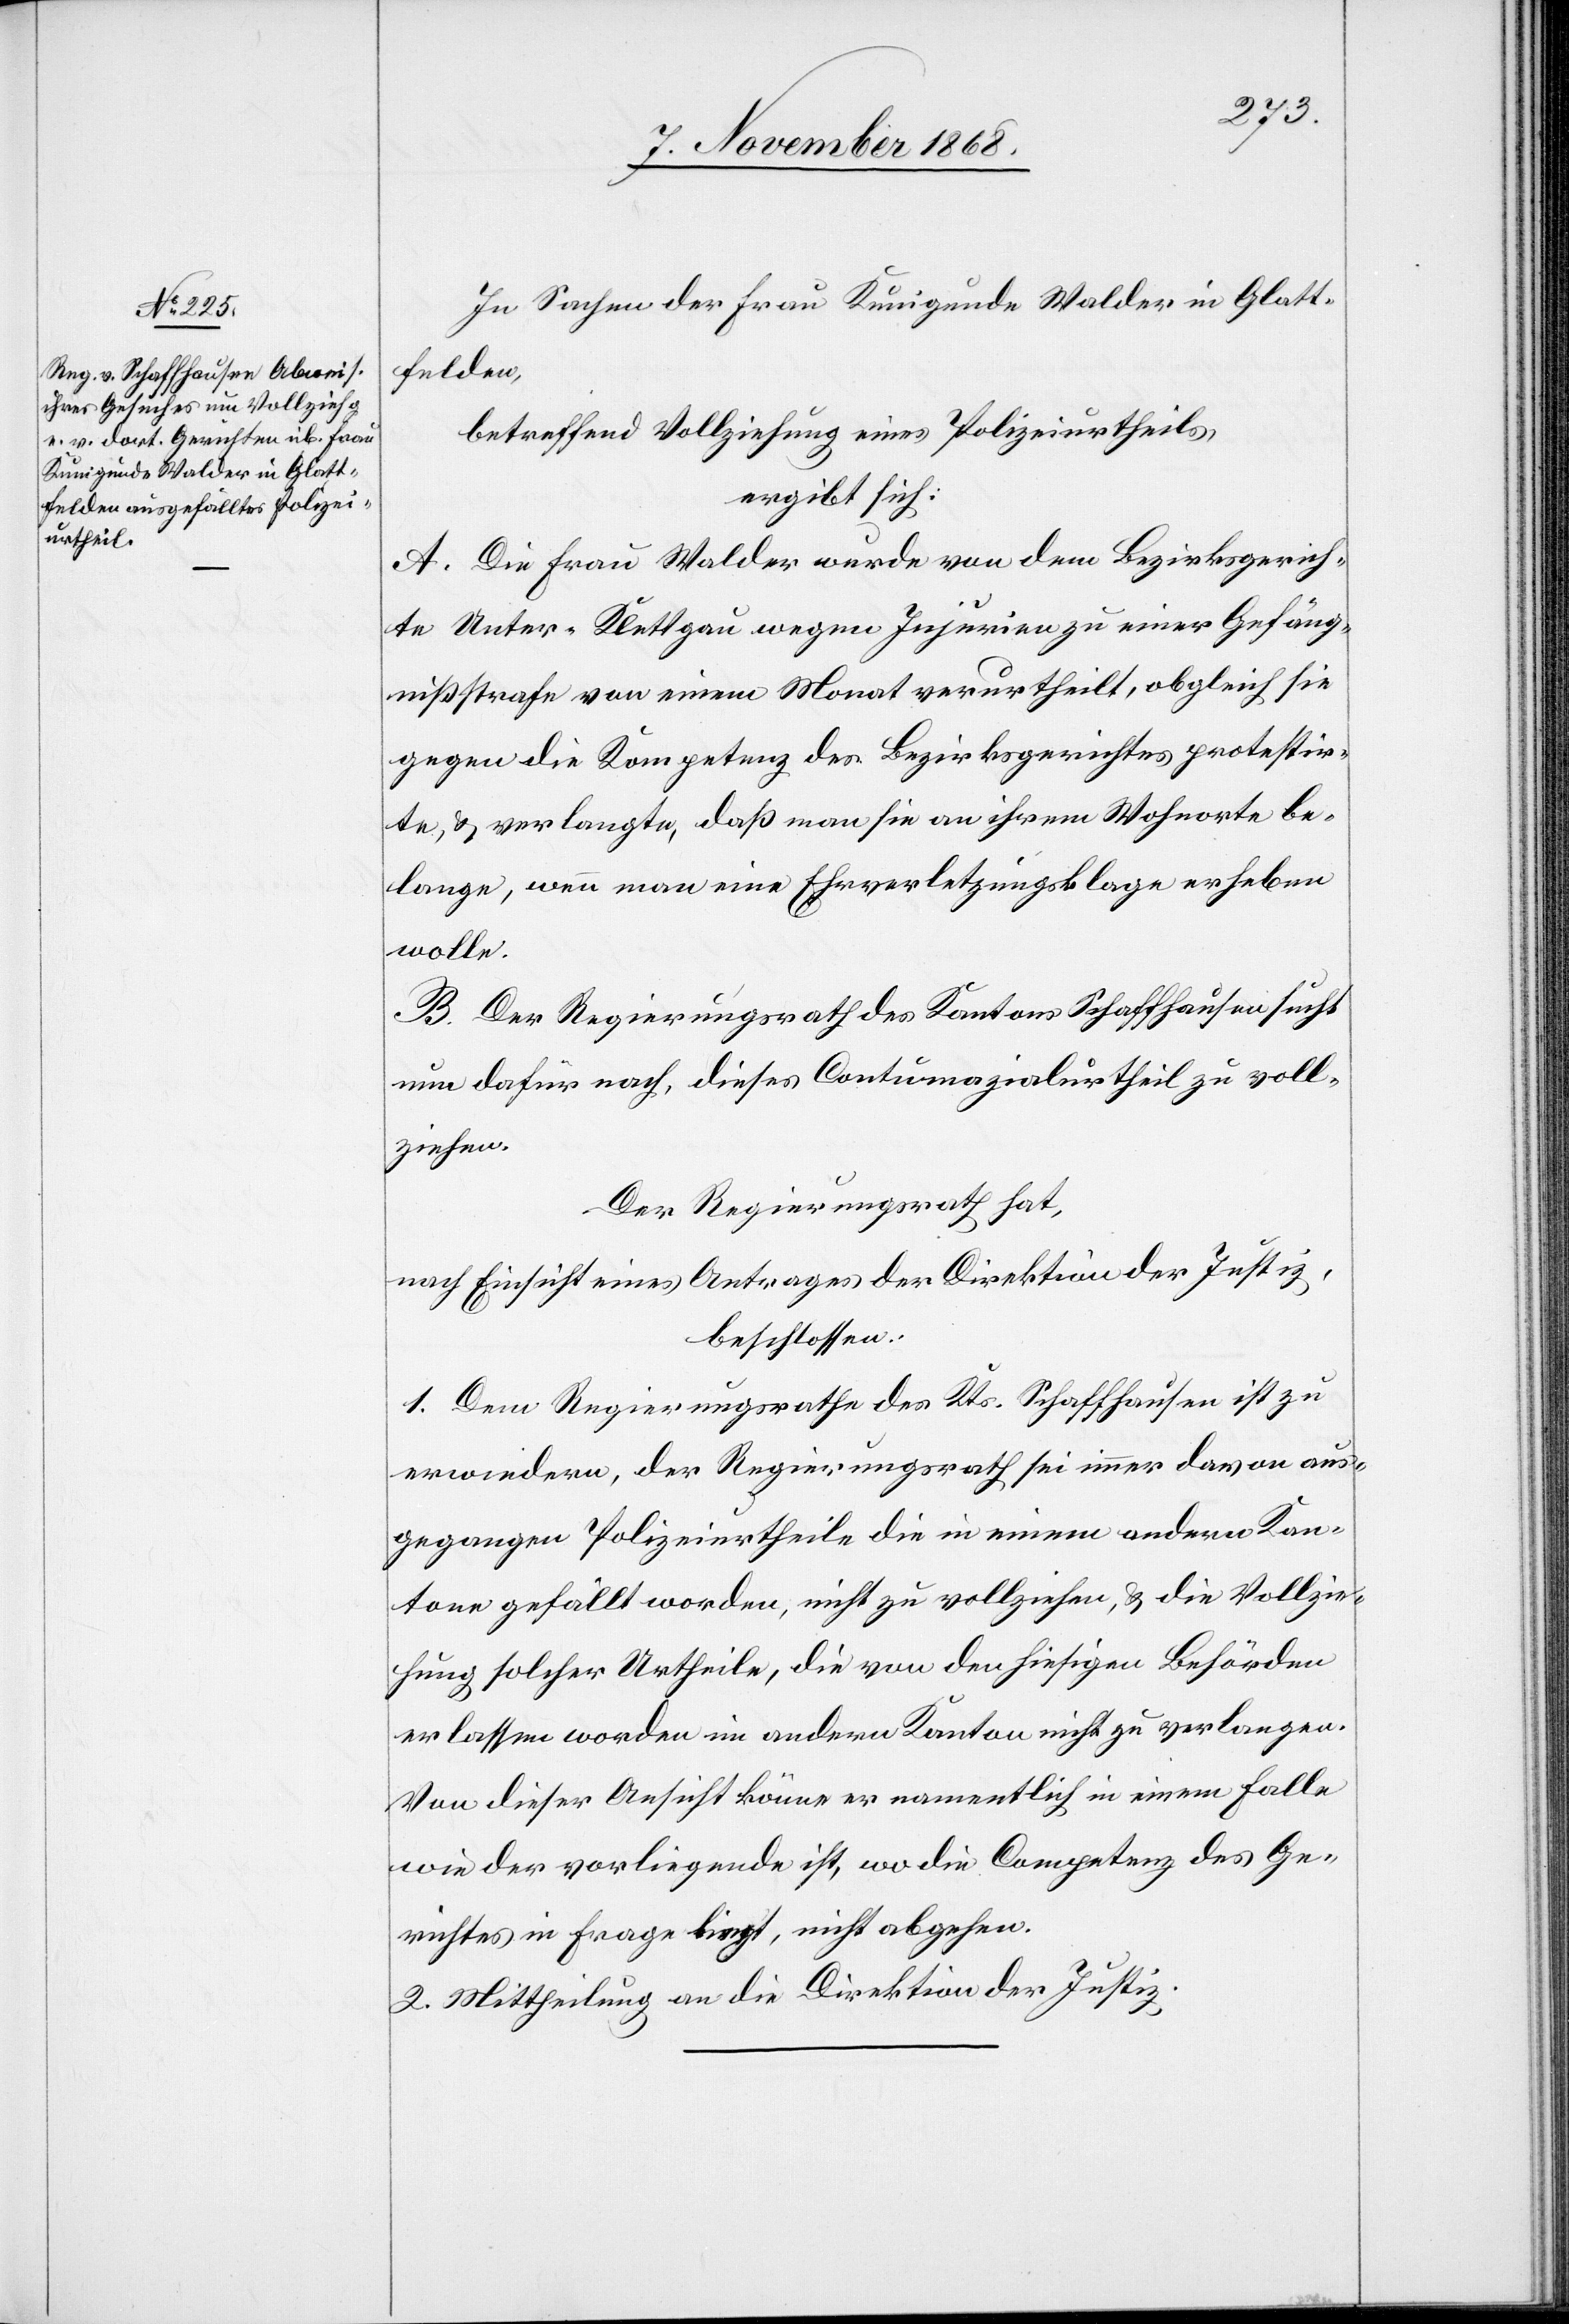
In Sachen der Frau Kunigunde Walder in Glatt¬
felden,
betreffend Vollziehung eines Polizeiurtheils,
ergibt sich:
A. Die Frau Walder wurde von dem Bezirksgerich¬
te Unter-Klettgau wegen Injurien zu einer Gefäng¬
nißstrafe von einem Monat verurtheilt, obgleich sie
gegen die Kompetenz des Bezirksgerichtes protestir¬
te, & verlangte, daß man sie an ihrem Wohnorte be¬
lange, wenn man eine Ehrverletzungsklage erheben
wolle.
B. Der Regierungsrath des Kantons Schaffhausen sucht
nun dafür nach, dieses Contumazialurtheil zu voll¬
ziehen.
Der Regierungsrath hat,
nach Einsicht eines Antrages der Direktion der Justiz,
beschlossen:
1. Dem Regierungsrathe des Kts. Schaffhausen ist zu
erwiedern, der Regierungsrath sei immer davon aus¬
gegangen Polizeiurtheile die in einem andern Kan¬
tone gefällt worden, nicht zu vollziehen, & die Vollzie¬
hung solcher Urtheile, die von den hiesigen Behörden
erlassen worden im andern Kanton nicht zu verlangen.
Von dieser Ansicht könne er namentlich in einem Falle
wie der vorliegende ist, wo die Competenz des Ge¬
richtes in Frage liegt, nicht abgehen.
2. Mittheilung an die Direktion der Justiz.